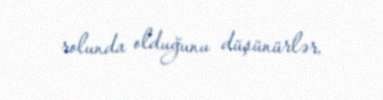
rolunda olduğunu düşünürlər.